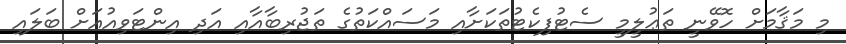
މި މަޤާމަށް ހޮވޭނީ ތަޢުލީމީ ސެޓުފިކެޓުތަކަށާއި މަސައްކަތުގެ ތަޖުރިބާއާއި އަދި އިންޓަވިއުއަށް ބަލައި